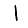
Digit: 1